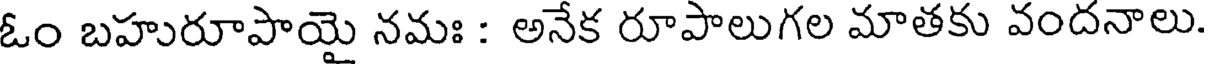
ఓం బహురూపాయై నమః : అనేక రూపాలుగల మాతకు వందనాలు.